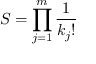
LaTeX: S = \prod _ { j = 1 } ^ { m } { \frac { 1 } { k _ { j } ! } }